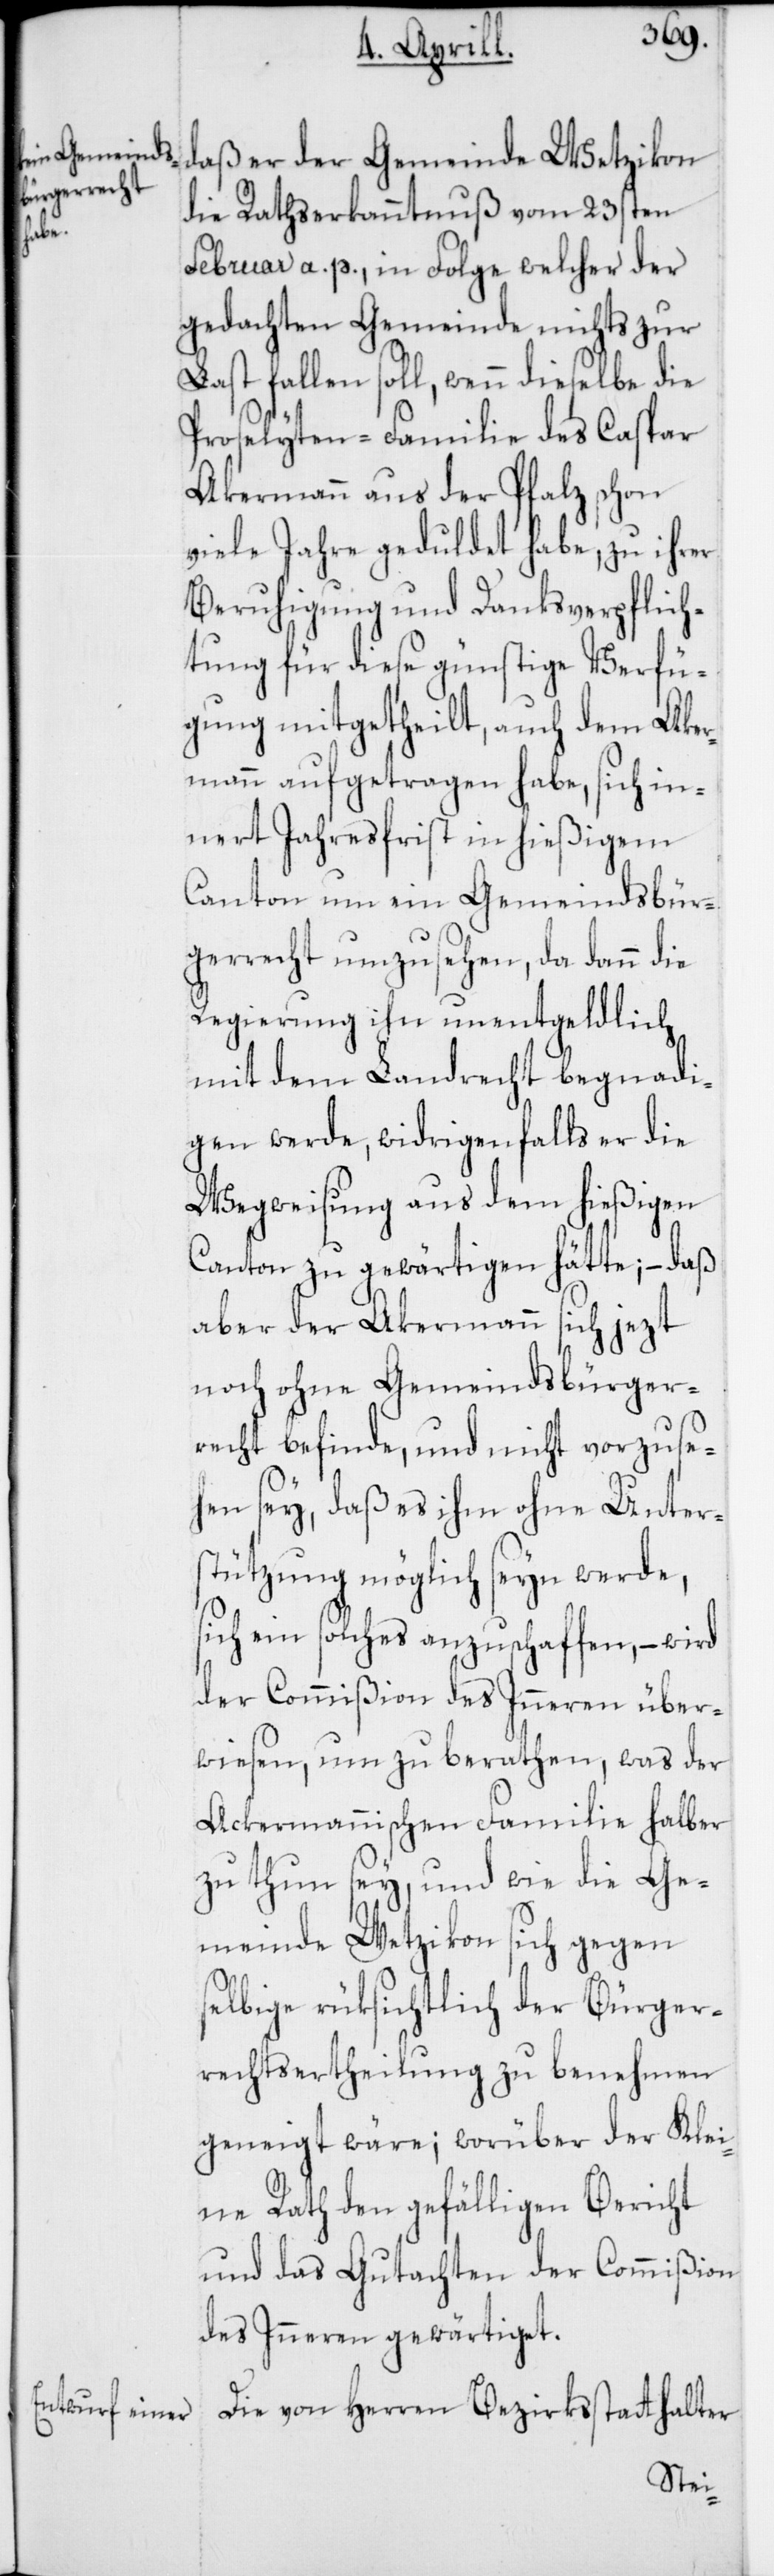
die Rathserkanntnuß vom 23sten
Februar a. p., in Folge welcher der
gedachten Gemeinde nichts zur
Last fallen soll, wenn dieselbe die
Proselyten-Familie des Caspar
Akermann aus der Pfalz schon
viele Jahre geduldet habe, zu ihrer
Beruhigung und Danksverpflich¬
tung für diese günstige Verfü¬
gung mitgetheilt, auch dem Aker¬
mann aufgetragen habe, sich in¬
nert Jahresfrist in hießigem
Canton um ein Gemeindsbür¬
gerrecht umzusehen, da dann die
Regierung ihn unentgeldlich
mit dem Landrecht begnadi¬
gen werde, widrigenfalls er die
Wegweisung aus dem hießigen
Canton zu gewärtigen hätte; – daß
aber der Ackermann sich jezt
noch ohne Gemeindsbürger¬
recht befinde, und nicht vorzuse¬
hen sey, daß es ihm ohne Unter¬
stützung möglich seyn werde,
sich ein solches anzuschaffen, – wird
der Commißion des Inneren über¬
wiesen, um zu berathen, was der
Ackermannischen Familie halber
zu thun sey, und wie die Ge¬
meinde Wetzikon sich gegen
selbige rüksichtlich der Bürrger¬
rechts-Ertheilung zu benehmen
geneigt wäre; worüber der Klei¬
ne Rath den gefälligen Bericht
und das Gutachten der Commißion
des Inneren gewärtiget.
Die von Herren Bezirksstatthalter